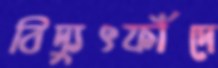
বিদ্যুৎফাঁদে